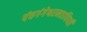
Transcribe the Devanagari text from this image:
पंचगंगेश्वरमठाधिपती